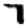
Digit: 7